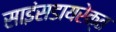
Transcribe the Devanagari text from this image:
साइंसडायरेक्त